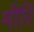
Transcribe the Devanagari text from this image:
मीरि